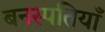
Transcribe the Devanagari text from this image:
बनस्पतियाँ